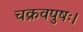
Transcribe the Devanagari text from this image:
चक्रवपुषः।